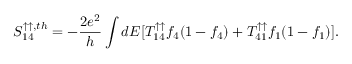
{ S _ { 1 4 } ^ { \uparrow \uparrow , t h } } = - \frac { 2 e ^ { 2 } } { h } \int d E [ T _ { 1 4 } ^ { \uparrow \uparrow } f _ { 4 } ( 1 - f _ { 4 } ) + T _ { 4 1 } ^ { \uparrow \uparrow } f _ { 1 } ( 1 - f _ { 1 } ) ] .